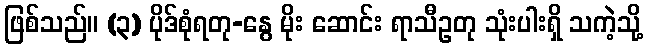
ဖြစ်သည်။ (၃) ပိုဒ်စုံရတု-နွေ မိုး ဆောင်း ရာသီဥတု သုံးပါးရှိ သကဲ့သို့